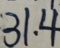
3 1 . 4